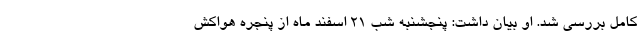
کامل بررسی شد. او بیان داشت: پنجشنبه شب ۲۱ اسفند ماه از پنجره هواکش